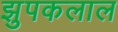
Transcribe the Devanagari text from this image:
झुपकलाल